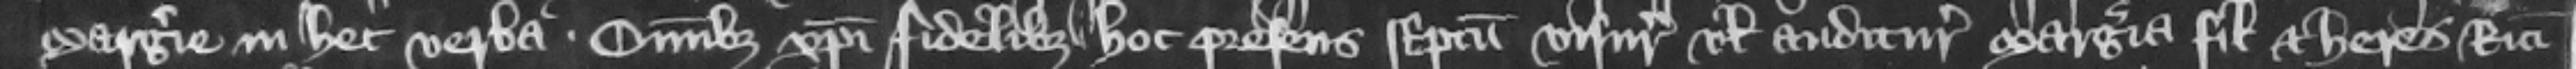
Margerie in hec verba. Omnibus Christi fidelibus hoc presens scriptum visuris vel audituris Margeria filia et heres Ricardi